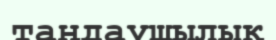
таңдаушылық